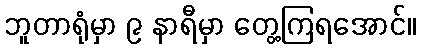
ဘူတာရုံမှာ ၉ နာရီမှာ တွေ့ကြရအောင်။